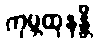
ကုမ္ဘထုနန္တိ